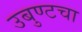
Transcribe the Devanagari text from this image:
उबुण्टचा